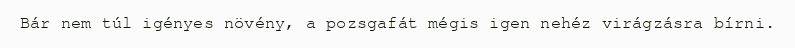
Bár nem túl igényes növény, a pozsgafát mégis igen nehéz virágzásra bírni.